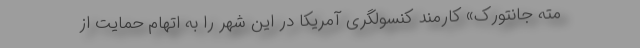
مته جانتورک» کارمند کنسولگری آمریکا در این شهر را به اتهام حمایت از